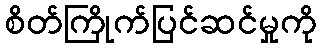
စိတ်ကြိုက်ပြင်ဆင်မှုကို